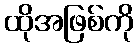
ထိုအဖြစ်ကို